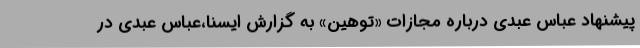
پیشنهاد عباس عبدی درباره مجازات «توهین» به گزارش ایسنا،عباس عبدی در